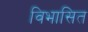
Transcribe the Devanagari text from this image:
विभासित